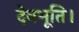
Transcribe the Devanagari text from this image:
देवभूति।